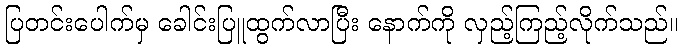
ပြတင်းပေါက်မှ ခေါင်းပြူထွက်လာပြီး နောက်ကို လှည့်ကြည့်လိုက်သည်။